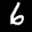
Label: 6